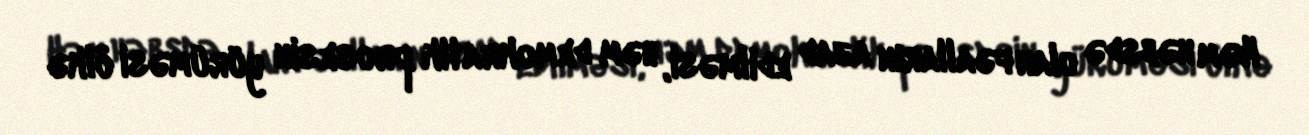
Həm həbsdə olan fəalların azad edilməsi, həm demokratik prosesin yürüməsi ölkə